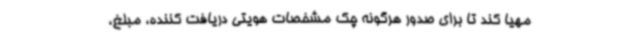
مهیا کند تا برای صدور هرگونه چک مشخصات هویتی دریافت کننده، مبلغ،